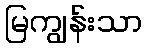
မြကျွန်းသာ